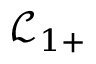
\mathcal { L } _ { 1 + }